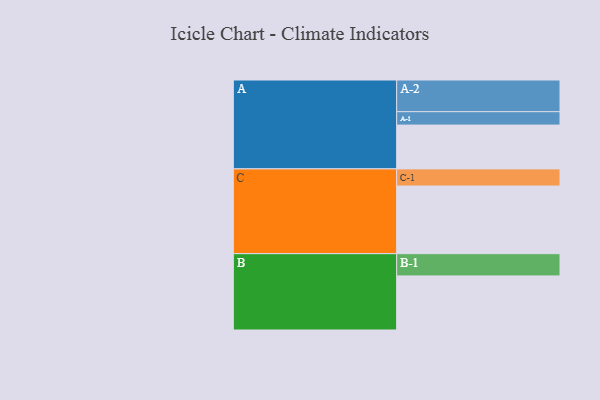
{"axis": {"x": "Segment", "y": "Value"}, "legend": ["", "A", "B", "C"], "data": [{"x": "A", "y": 307, "type": ""}, {"x": "B", "y": 379, "type": ""}, {"x": "C", "y": 474, "type": ""}, {"x": "A-1", "y": 94, "type": "A"}, {"x": "A-2", "y": 222, "type": "A"}, {"x": "B-1", "y": 156, "type": "B"}, {"x": "C-1", "y": 120, "type": "C"}]}